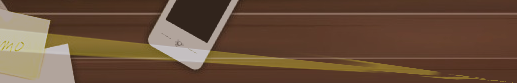
محل بيع الأثاث المنزلي